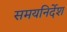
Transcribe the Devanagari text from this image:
समयनिर्देश